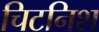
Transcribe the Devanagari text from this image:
चिटनिश